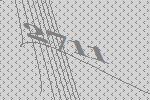
2711